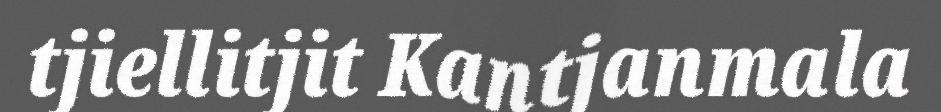
tjiellitjit Kantjanmala